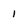
Character: I